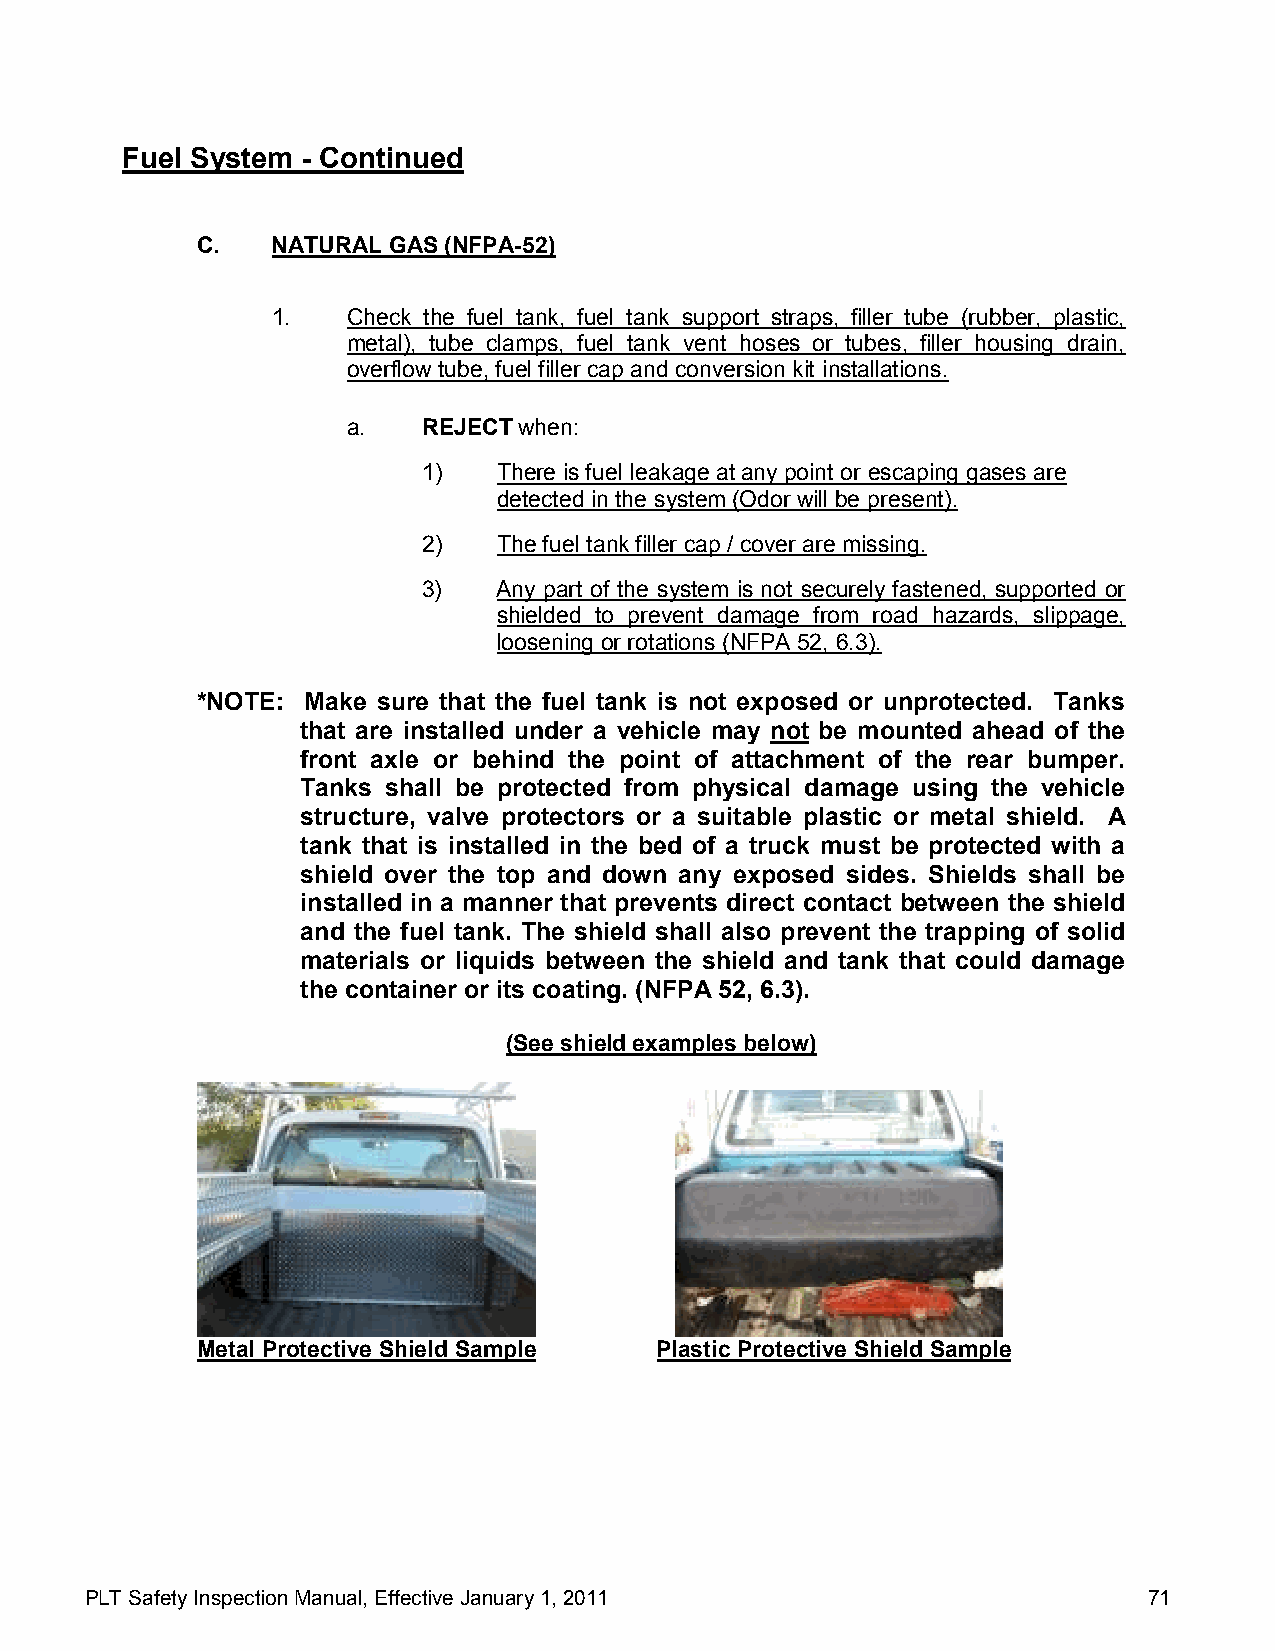
Fuel System - Continued
 C.   NATURAL GAS (NFPA-52)
 1.   Check the fuel tank, fuel tank support straps, filler tube (rubber, plastic,
 metal), tube clamps, fuel tank vent hoses or tubes, filler housing drain,
 overflow tube, fuel filler cap and conversion kit installations.
 a.   REJECT when:
 1)   There is fuel leakage at any point or escaping gases are
 detected in the system (Odor will be present).
 2)   The fuel tank filler cap / cover are missing.
 3)   Any part of the system is not securely fastened, supported or
 shielded to prevent damage from road hazards, slippage,
 loosening or rotations (NFPA 52, 6.3).
 *NOTE: Make sure that the fuel tank is not exposed or unprotected. Tanks
 that are installed under a vehicle may not be mounted ahead of the
 front axle or behind the point of attachment of the rear bumper.
 Tanks shall be protected from physical damage using the vehicle
 structure, valve protectors or a suitable plastic or metal shield. A
 tank that is installed in the bed of a truck must be protected with a
 shield over the top and down any exposed sides. Shields shall be
 installed in a manner that prevents direct contact between the shield
 and the fuel tank. The shield shall also prevent the trapping of solid
 materials or liquids between the shield and tank that could damage
 the container or its coating. (NFPA 52, 6.3).
 (See shield examples below)
 Metal Protective Shield Sample Plastic Protective Shield Sample
 PLT Safety Inspection Manual, Effective January 1, 2011               71